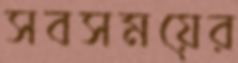
সবসময়ের